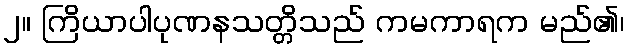
၂။ ကြိယာပါပုဏနသတ္တိသည် ကမကာရက မည်၏၊